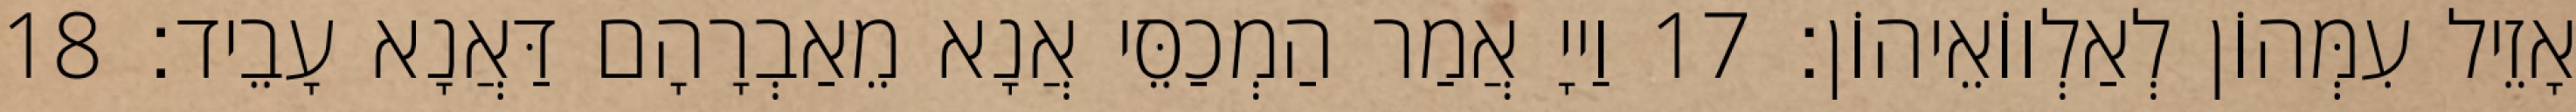
אָזֵיל עִמְּהוֹן לְאַלְווֹאֵיהוֹן׃ 17 וַייָ אֲמַר הַמְכַסֵּי אֲנָא מֵאַבְרָהָם דַּאֲנָא עָבֵיד׃ 18